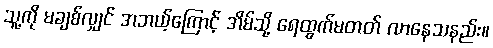
သူ့ကို မချစ်လျှင် အဘယ့်ကြောင့် အိမ်သို့ ရေထွက်မတတ် လာနေသနည်း။